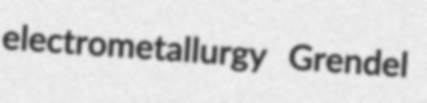
electrometallurgy Grendel